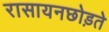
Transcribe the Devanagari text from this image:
रासायनछोड़ते